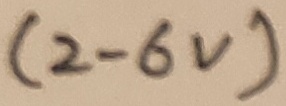
Text: (2-6V)